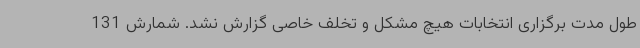
طول مدت برگزاری انتخابات هیچ مشکل و تخلف خاصی گزارش نشد. شمارش 131